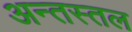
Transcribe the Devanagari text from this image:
अन्तस्तल